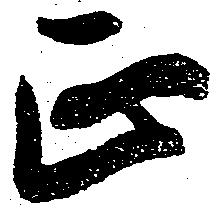
正